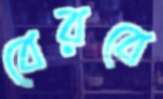
বেরবে